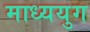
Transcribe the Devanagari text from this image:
माध्ययुग